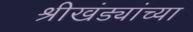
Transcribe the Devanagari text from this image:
श्रीखंड्यांच्या